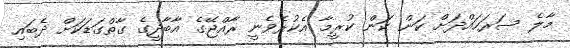
މާލެ ސަރަހައްދަށް ކަން ކަން ކުރީމާ އެކުރެވެނީ ރާއްޖޭގެ އާބާދީގެ ގާތްގަޑަކަށް ދެބައި